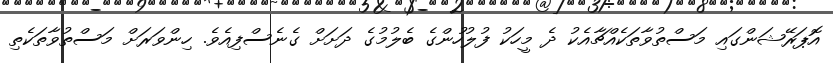
އޮޕަރޭޝަންގައި މަސްތުވާތަކެއްޗާއެކު ދެ މީހަކު ފުލުހުންގެ ބެލުމުގެ ދަށަށް ގެނެސްފިއެވެ. ހިންވަރަށް މަސްތުވާތަކެތި